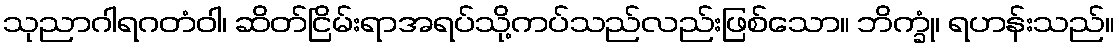
သုညာဂါရဂတံဝါ၊ ဆိတ်ငြိမ်းရာအရပ်သို့ကပ်သည်လည်းဖြစ်သော။ ဘိက္ခုံ၊ ရဟန်းသည်။